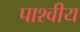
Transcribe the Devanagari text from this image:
पाश्वीय